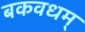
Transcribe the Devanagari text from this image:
बकवधम्